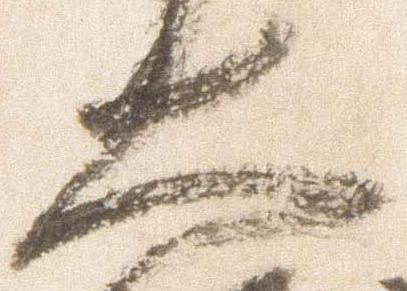
大